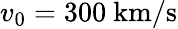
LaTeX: v_{0}=300\ \mathrm{km/s}